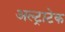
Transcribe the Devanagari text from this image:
अल्‍ट्राटेक